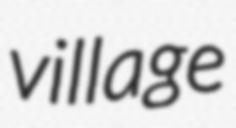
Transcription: village